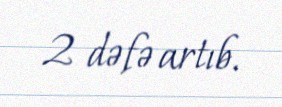
2 dəfə artıb.